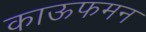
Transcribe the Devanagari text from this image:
काऊफमन